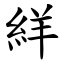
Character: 絴